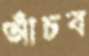
আঁচব